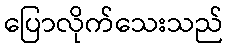
ပြောလိုက်သေးသည်